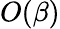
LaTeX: O(\beta)